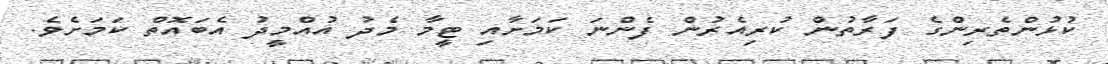
ކުޅުންތެރިންގެ ފަރާތުން ކުރިއެރުން ފެންނަ ކަމަށާއި ޓީމާ މެދު އުއްމީދު އެބައޮތް ކަމަށެވެ.